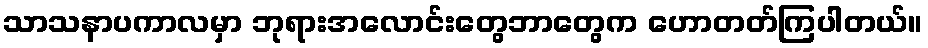
သာသနာပကာလမှာ ဘုရားအလောင်းတွေဘာတွေက ဟောတတ်ကြပါတယ်။